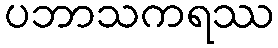
ပဘာသကရဿ